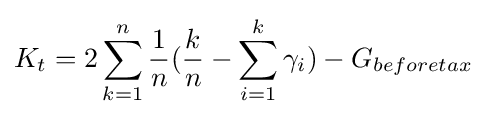
K_{t}=2\sum _{k=1}^{n}{\frac {1}{n}}({\frac {k}{n}}-\sum _{i=1}^{k}\gamma _{i})-G_{beforetax}